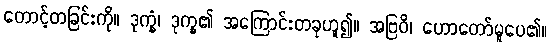
တောင့်တခြင်းကို။ ဒုက္ခံ၊ ဒုက္ခ၏ အကြောင်းတခုဟူ၍။ အဗြဝိ၊ ဟောတော်မူပေ၏။